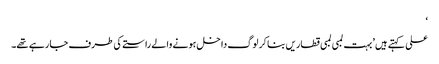
‘
علی کہتے ہیں ’بہت لمبی لمبی قطاریں بنا کر لوگ داخل ہونے والے راستے کی طرف جا رہے تھے۔